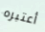
أعتبره